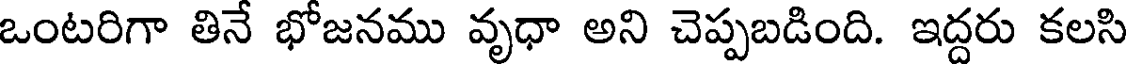
ఒంటరిగా తినే భోజనము వృధా అని చెప్పబడింది. ఇద్దరు కలసి